Report on the Civil Veterinary Department, Eastern Bengal and Assam - 1907-1911
Year: 1907
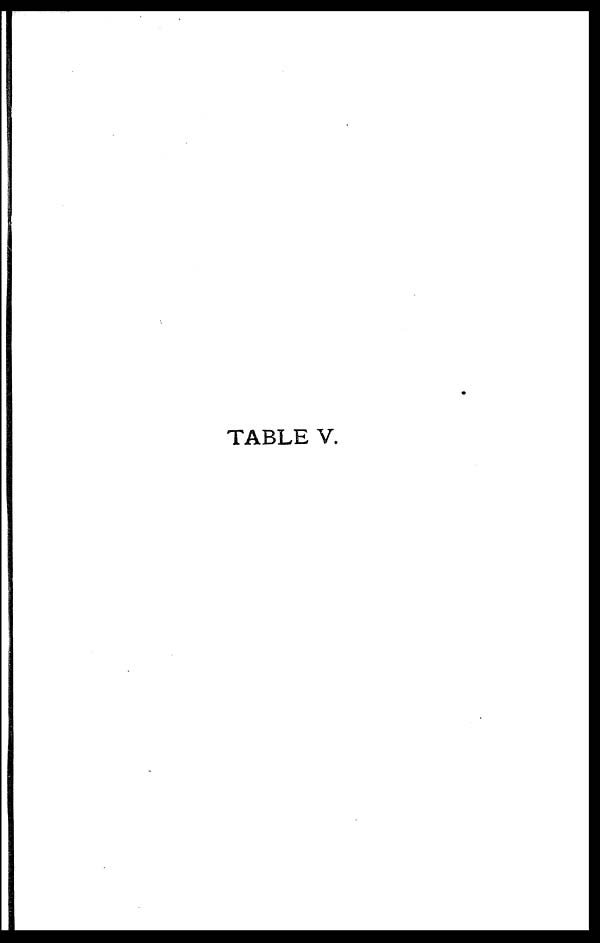
TABLE V.